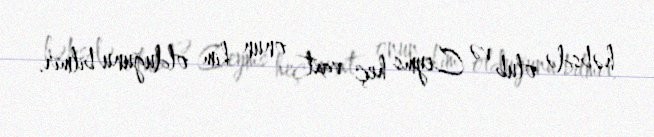
həbsdə olub və Ceyms heç vaxt onun kim olduğunu bilmir.